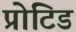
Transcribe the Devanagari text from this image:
प्रोटिड